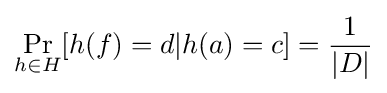
\Pr _{h\in H}[h(f)=d|h(a)=c]={1 \over |D|}